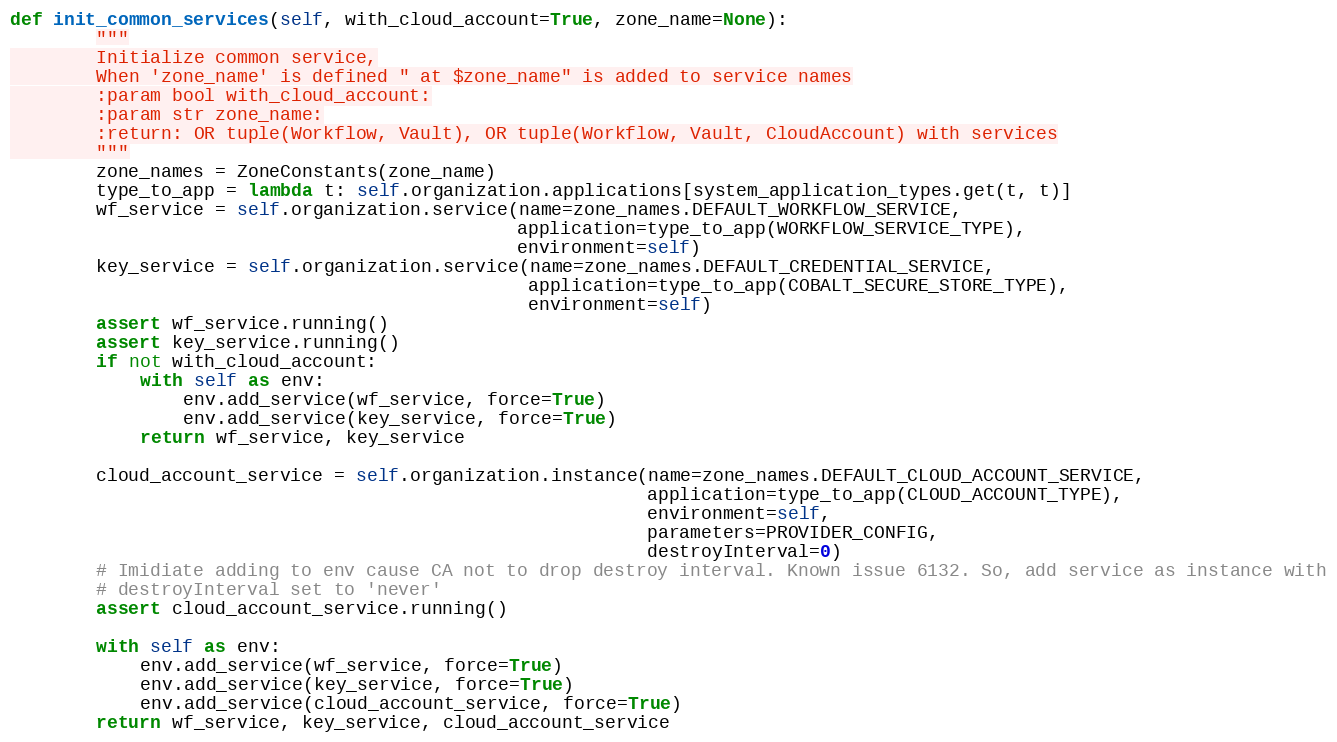
Language: Python
def init_common_services(self, with_cloud_account=True, zone_name=None):
        """
        Initialize common service,
        When 'zone_name' is defined " at $zone_name" is added to service names
        :param bool with_cloud_account:
        :param str zone_name:
        :return: OR tuple(Workflow, Vault), OR tuple(Workflow, Vault, CloudAccount) with services
        """
        zone_names = ZoneConstants(zone_name)
        type_to_app = lambda t: self.organization.applications[system_application_types.get(t, t)]
        wf_service = self.organization.service(name=zone_names.DEFAULT_WORKFLOW_SERVICE,
                                               application=type_to_app(WORKFLOW_SERVICE_TYPE),
                                               environment=self)
        key_service = self.organization.service(name=zone_names.DEFAULT_CREDENTIAL_SERVICE,
                                                application=type_to_app(COBALT_SECURE_STORE_TYPE),
                                                environment=self)
        assert wf_service.running()
        assert key_service.running()
        if not with_cloud_account:
            with self as env:
                env.add_service(wf_service, force=True)
                env.add_service(key_service, force=True)
            return wf_service, key_service

        cloud_account_service = self.organization.instance(name=zone_names.DEFAULT_CLOUD_ACCOUNT_SERVICE,
                                                           application=type_to_app(CLOUD_ACCOUNT_TYPE),
                                                           environment=self,
                                                           parameters=PROVIDER_CONFIG,
                                                           destroyInterval=0)
        # Imidiate adding to env cause CA not to drop destroy interval. Known issue 6132. So, add service as instance with
        # destroyInterval set to 'never'
        assert cloud_account_service.running()

        with self as env:
            env.add_service(wf_service, force=True)
            env.add_service(key_service, force=True)
            env.add_service(cloud_account_service, force=True)
        return wf_service, key_service, cloud_account_service